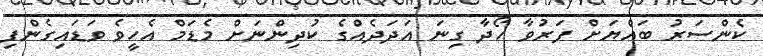
ކެންސަރު ބައްޔަށް ފަރުވާ ހޯދާ ގިނަ އަދަދެއްގެ ކުދިންނަށް މެޑަމް އެހީވެ ވަޑައިގެންފި